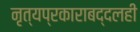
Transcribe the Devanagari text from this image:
नृत्यप्रकाराबद्दलही